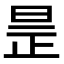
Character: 𣆞